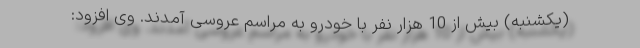
(یکشنبه) بیش از 10 هزار نفر با خودرو به مراسم عروسی آمدند. وی افزود: